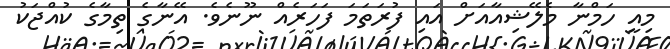
މިއީ ހަމްނާ މެލޭޝިއާއަށް އައި ފުރަތަމަ ފަހަރެއް ނޫނެވެ. އޭނާގެ ތިމާގެ ކުއްޖަކު